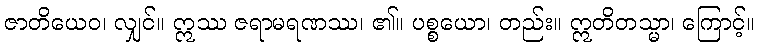
ဇာတိယေဝ၊ လျှင်။ ဣဿ ဇရာမရဏဿ၊ ၏။ ပစ္စယော၊ တည်း။ ဣတိတသ္မာ၊ ကြောင့်။